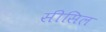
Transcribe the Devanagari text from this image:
सीसिल